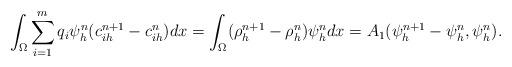
LaTeX: \begin{align*} \int_{\Omega} \sum_{i=1}^m q_i \psi_h^n(c^{n+1}_{ih}- c^{n}_{ih})dx= \int_{\Omega}(\rho_h^{n+1}-\rho_h^n)\psi_h^n dx=A_1(\psi_{h}^{n+1} -\psi_h^n, \psi_h^n).\end{align*}